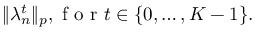
\| \lambda _ { n } ^ { t } \| _ { p } , \textrm { f o r } t \in \{ 0 , \ldots , K - 1 \} .